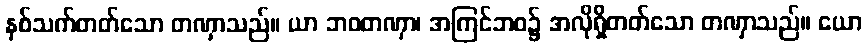
နှစ်သက်တတ်သော တဏှာသည်။ ယာ ဘဝတဏှာ၊ အကြင်ဘဝ၌ အလိုရှိတတ်သော တဏှာသည်။ ယော